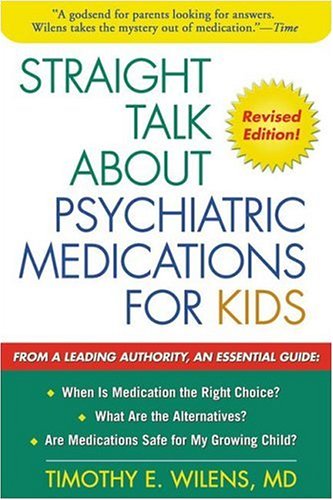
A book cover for Straight Talk about Psychiatric Medications for Kids, Revised Edition; Timothy E. Wilens MD; Parenting & Relationships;